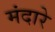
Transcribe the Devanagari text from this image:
मंदारे